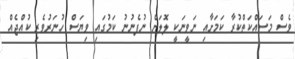
ވެސް މަސައްކަތްކުރާ ކަމަށާއި ނަވީނަކީ ލޮލަށް ނުފެނުނު ކަމުގައި ވިޔަސް ހުނަރުވެރި ކުއްޖެއް